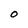
Character: O